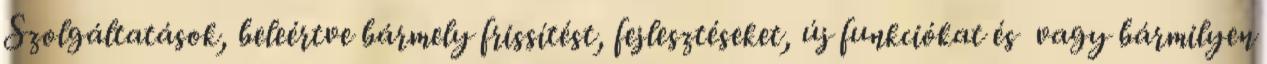
Szolgáltatások, beleértve bármely frissítést, fejlesztéseket, új funkciókat és vagy bármilyen